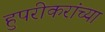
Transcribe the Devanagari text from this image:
हुपरीकरांच्या